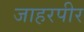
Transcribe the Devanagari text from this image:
जाहरपीर